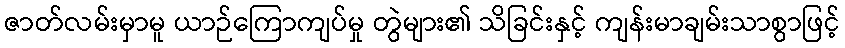
ဇာတ်လမ်းမှာမူ ယာဉ်ကြောကျပ်မှု တွဲများ၏ သိခြင်းနှင့် ကျန်းမာချမ်းသာစွာဖြင့်